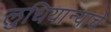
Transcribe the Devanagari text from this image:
लुधियान्याचे